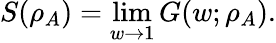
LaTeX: S(\rho_{A})=\operatorname*{lim}_{w\to 1}G(w;\rho_{A}).